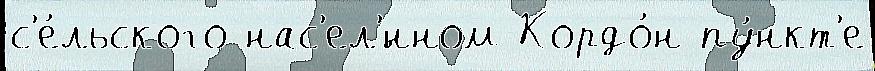
с'е́льского нас'ел'́нном Кордо́н пу́нкт'е